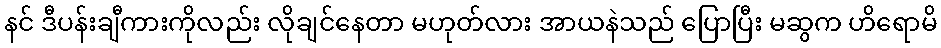
နင် ဒီပန်းချီကားကိုလည်း လိုချင်နေတာ မဟုတ်လား အာယနဲသည် ပြောပြီး မဆွက ဟိရောမိ